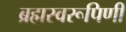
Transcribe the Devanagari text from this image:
ब्रह्मस्वरूपिणी